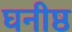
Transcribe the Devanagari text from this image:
घनीष्ठ